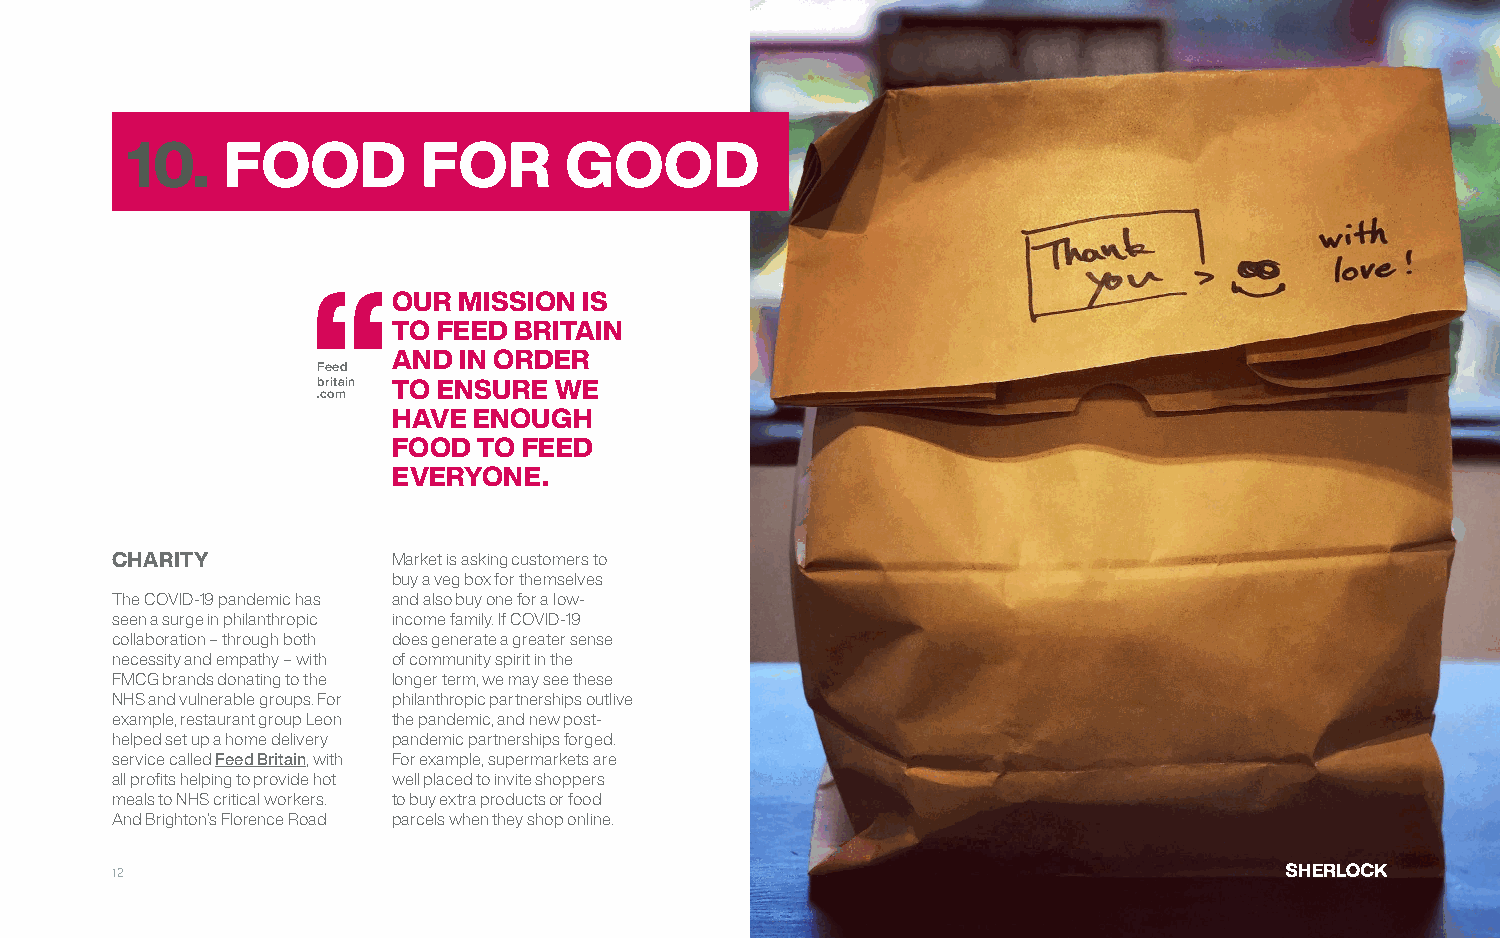
10.    FOOD         FOR      GOOD
 OUR MISSION  IS
 TO FEED BRITAIN
 AND IN ORDER
 Feed
 britain TO ENSURE WE
 .com
 HAVE ENOUGH
 FOOD  TO FEED
 EVERYONE.
 CHARITY            Market is asking customers to
 buy a veg box for themselves
 The COVID-19 pandemic has and also buy one for a low-
 seen a surge in philanthropic income family. If COVID-19
 collaboration – through both does generate a greater sense
 necessity and empathy – with of community spirit in the
 FMCG brands donating to the longer term, we may see these
 NHS and vulnerable groups. For philanthropic partnerships outlive
 example, restaurant group Leon the pandemic, and new post-
 helped set up a home delivery pandemic partnerships forged.
 service called Feed Britain, with For example, supermarkets are
 all profits helping to provide hot well placed to invite shoppers
 meals to NHS critical workers. to buy extra products or food
 And Brighton’s Florence Road parcels when they shop online.
 12